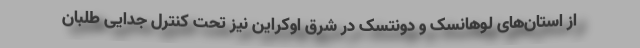
از استان‌های لوهانسک و دونتسک در شرق اوکراین نیز تحت کنترل جدایی طلبان